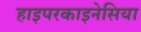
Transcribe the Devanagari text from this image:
हाइपरकाइनेसिया